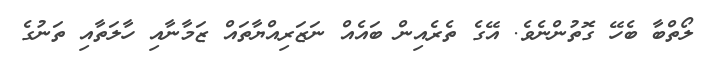
ލޯތްބާ ބެހޭ ގޮތުންނެވެ. އޭގެ ތެރެއިން ބައެއް ނަޒަރިއްޔާތައް ޒަމާނާއި ހާލަތާއި ތަނުގެ